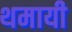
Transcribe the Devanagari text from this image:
थमायी